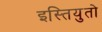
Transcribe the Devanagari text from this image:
इस्तियुतो